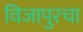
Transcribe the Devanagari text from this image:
विजापुरचा